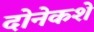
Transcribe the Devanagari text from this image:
दोनेकशे